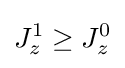
J_{z}^{1}\geq J_{z}^{0}